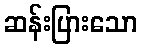
ဆန်းပြားသော